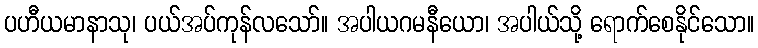
ပဟီယမာနာသု၊ ပယ်အပ်ကုန်လသော်။ အပါယဂမနီယော၊ အပါယ်သို့ ရောက်စေနိုင်သော။